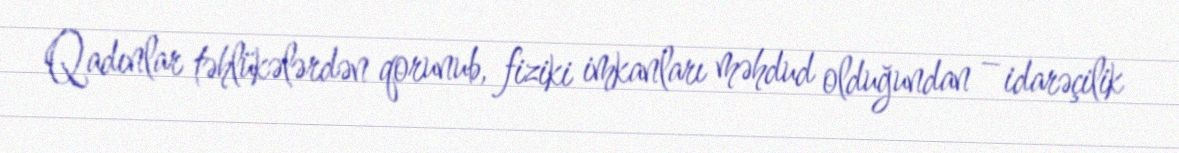
Qadınlar təhlükələrdən qorunub, fiziki imkanları məhdud olduğundan – idarəçilik